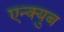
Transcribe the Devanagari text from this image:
एन्क्युब